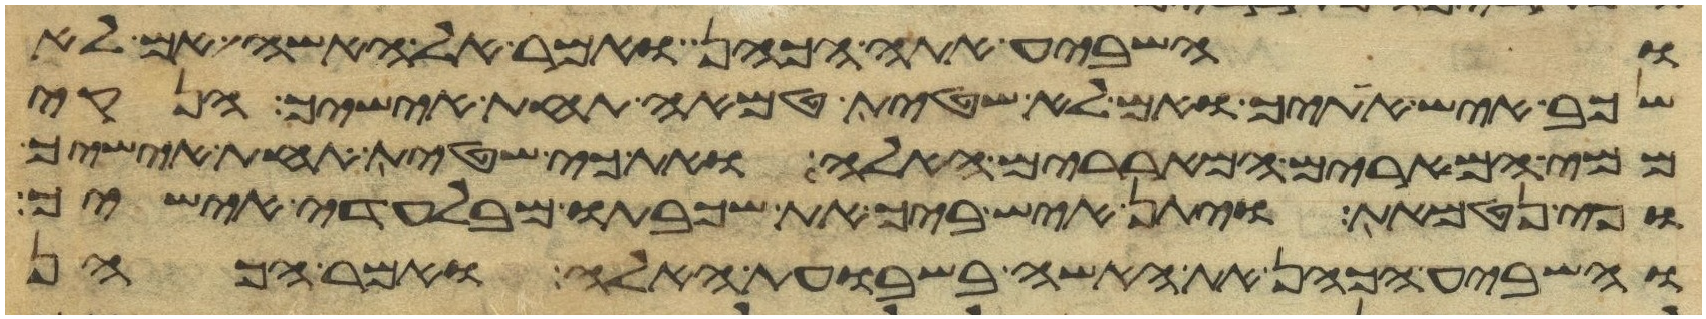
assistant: והשביע אתה הכהן ואמר אל האשה אם לא
שכב איש אתיך ואם לא שטית טמאה תחת אישיך הנקי
ממי המרים המאררים האלה ואת כי שטית תחת אישיך
וכי נטמאת ויתן איש ביך את שכבתו מבלעדי אישיך
והשביע הכהן את האשה בשבועת האלה ואמר הכהן